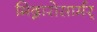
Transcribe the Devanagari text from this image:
मिद्गारोसार्मर्